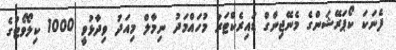
ފެނަކަ ކޯޕަރޭޝަންގެ މެނޭޖިންގް ޑައިރެކްޓަރު މުހައްމަދު ނިމާލް މިއަދު ވިދާޅުވީ 1000 ކިލޯވޯޓުގެ